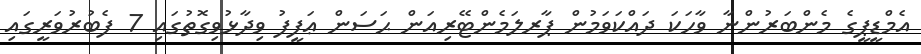
އެމްޑީޕީގެ މެންބަރުންނާ ވާހަކަ ދައްކަވަމުން ޕާރލަމެންޓޭރިއަން ޙަސަން ޢަފީފު ވިދާޅުވިގޮތުގައި 7 ފެބުރުވަރީގައި